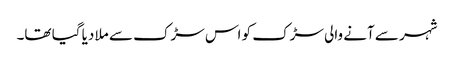
شہر سے آنے والی سڑک کو اس سڑک سے ملا دیا گیا تھا۔